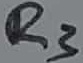
Text: R3